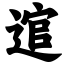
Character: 逭